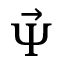
\vec { \Psi }